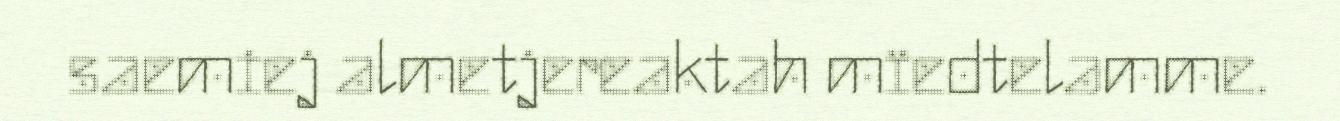
saemiej almetjereaktah mïedtelamme.